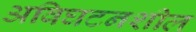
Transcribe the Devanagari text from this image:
अविघटनशील